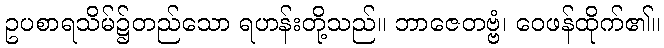
ဥပစာရသိမ်၌တည်သော ရဟန်းတို့သည်။ ဘာဇေတဗ္ဗံ၊ ဝေဖန်ထိုက်၏။